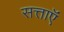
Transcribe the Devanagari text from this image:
सत्ताऍं